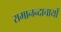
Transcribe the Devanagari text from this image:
रामानन्दाचार्यों